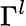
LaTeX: \Gamma^{l}